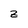
Character: z